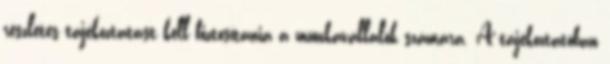
részletes tájékoztatást kell biztosítania a munkavállalók számára. A tájékoztatóban